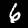
Label: 6